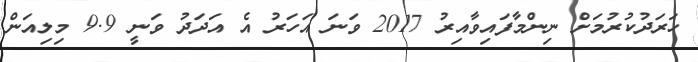
ހަރަދުކުރުމަށް ނިންމާފައިވާއިރު 2017 ވަނަ އަހަރު އެ އަދަދު ވަނީ 9.9 މިލިއަން